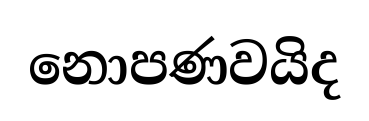
නොපණවයිද